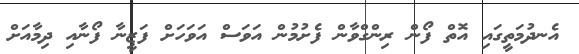
އެނދުމަތީގައި އޮތް ފޯން ރިންގްވާން ފެށުމުން އަވަސް އަވަހަށް ފަޒީނާ ފޯނާއި ދިމާއަށް